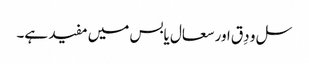
سل و دِق اور سعال یابس میں مفید ہے۔